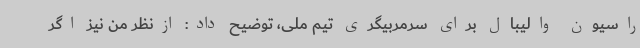
راسیون والیبال برای سرمربیگری تیم ملی، توضیح داد: ازنظر من نیز اگر